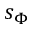
s _ { \Phi }